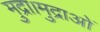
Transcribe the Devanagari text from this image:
मुद्रा।मुद्राओं